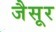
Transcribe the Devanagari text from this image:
जैसूर